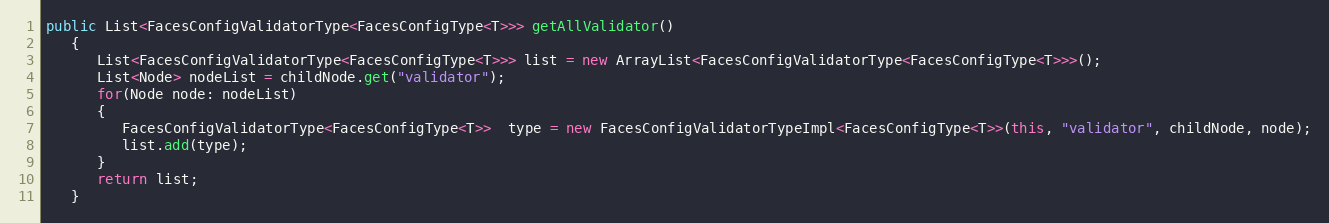
Language: Java
public List<FacesConfigValidatorType<FacesConfigType<T>>> getAllValidator()
   {
      List<FacesConfigValidatorType<FacesConfigType<T>>> list = new ArrayList<FacesConfigValidatorType<FacesConfigType<T>>>();
      List<Node> nodeList = childNode.get("validator");
      for(Node node: nodeList)
      {
         FacesConfigValidatorType<FacesConfigType<T>>  type = new FacesConfigValidatorTypeImpl<FacesConfigType<T>>(this, "validator", childNode, node);
         list.add(type);
      }
      return list;
   }